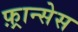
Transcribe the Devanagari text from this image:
फ़्रान्सेस